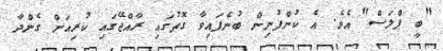
"ބީ ޕްލަސް" އެވެ. އެ ކުންފުނިން ބުނެފައިވާ ގޮތުގައި ރާއްޖޭގައި ކުރިއަށް ގެންދާ